King Institute of Preventive Medicine Micro-Biological Section reports 1909-11
Year: 1909
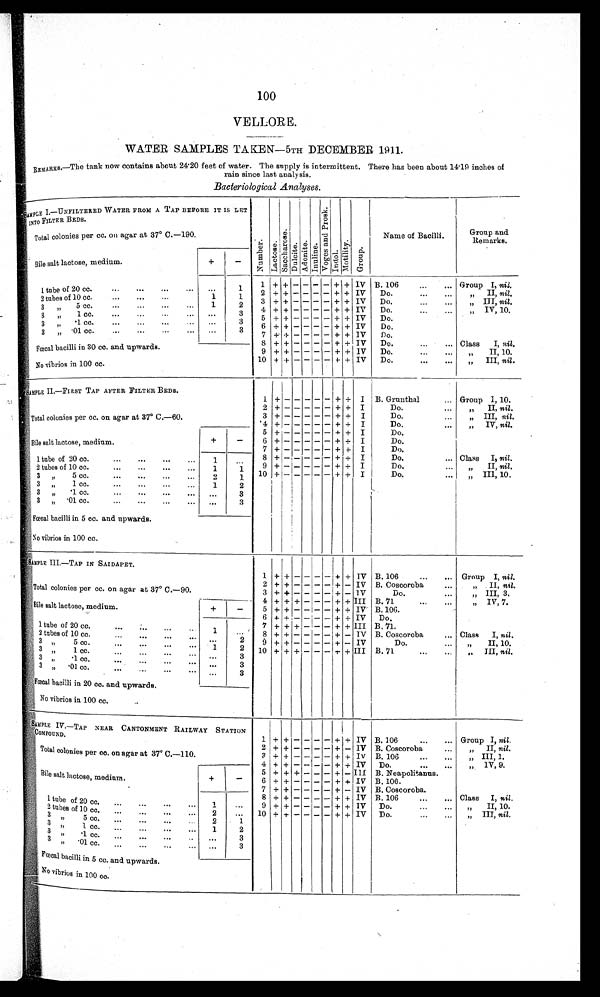
100
VELLORE.
WATER SAMPLES TAKEN—5TH DECEMBER 1911.
REMARKS.—The tank now contains about 24.20 feet of water. The supply is intermittent. There has been about 14.19 inches of
rain since last analysis.
Bacteriological Analyses.
SAMPLE I.-UNFILTERED WATER FROM A TAP BEFORE IT IS LET
INTO FILTER BEDS.
N u m b e r .
L a c t o s e .
Saccharose.
D u l c i t e .
A d o n i t e . I n u l i n e .
V o g e s a n d P r o s k .
I n d o l .
M o t i l i t y .
G r o u p .
Name of Bacilli.
Group and
Remarks.
Total colonies per cc. on agar at 37° C.-190.
Bile salt lactose, medium.
+
-
1 tube of 20 cc. . . .
. . .
1
1 + + -
-
- - + + IV B.106 . . . Group I, nil.
2 + + - - - - + + IV
Do. . . .
" I I ,
n i l
.
1
1
2 tubes of 10 cc. . . .
3
+ + - - -
+
IV
Do. . . .
" I I I ,
n i l.
3 " 5 c c . . . .
1
2
4 + + - - - - + + IV
Do. . . .
" I V , 1 0 .
3 " 1 cc. . . .
. . .
3
5 + + - - - - + + IV
Do. . . .
3" .1 cc. . . .
. . .
3
6 + + - - - - + + IV
Do. . . .
3 "
• 01 cc. . . .
. . .
3
7 + +
- - - - + + IV
Do. . . .
Fœcal bacilli in 30 cc. and upwards.
+ + - - - - + + IV
Do. . . .
Class I, nil.
9 + + - - - - + + IV
Do. . . .
" I I , 1 0 .
No vibrios in 100 cc.
10 + + - - - - + + IV
Do. . . .
" I I I ,
n i l
.
SAMPLE II.—FIRST TAP AFTER FILTER BEDS.
1. + -
- - - -
+ + I B. Grunthal . . . Group I, 10.
Total colonies per cc. on agar at 37° C.—60.
2 + -
- - - - + + I
Do. . . .
" I I ,
n i l
.
3 + -
- - - - + + I
Do. . . .
" III, nil.
' 4 + -
- - - - + + I
Do. . . .
" I V ,n
i l
.
Bile salt lactose, medium.
+
- 5 + -
- - - - + + I
Do. . . .
6 + -
- - - - + + I
Do. . . .
7 + -
- - - - + + I
Do. . . .
1 tube of 20 cc. . . .
1
. . . 8 +
- - - - + + I
Do. . . .
Class I, nil.
9 + -
- - - - + + I
Do. . . .
" I I ,
n i l
.
2 tubes of 10 cc. . . .
1
1
10 + -
- - - - + + I
Do. . . .
" I I I , 1 0 .
3 " 5 cc. . . .
2
1
3 " 1 cc. . . .
1
2
3 " .1 cc. . . .
. . .
3
3 " .01 cc. . . .
. . .
3
Fœcal bacilli in 5 cc. and upwards.
No vibrios in 100 cc.
SAMPLE I1I.—TAP IN SAIDAPET.
1 + + - - - - + + IV B. 106 . . .
Group I, nil.
Total colonies per cc. on agar at 37° C.—90.
2 + + - - - - + - IV B. Coscoroba . . .
" II,n i l
.
3 + + - - - - - + - IV
Do. . . .
" I I I , 3 .
Bile salt lactose, medium.
+
-
4 + + + - - - + + III B. 71 . . .
" IV, 7.
5 + + - - - - + + IV B. 106. . . .
6 + + - - - - + + IV
D o . . . .
1 tube of 20 cc. . . .
1
. . .
7 + + + - - - + + III B. 71. . .
8 + + - - - - + - IV B. Coscoroba . . .
Class I, nil.
2 tubes of 10 cc. . . .
. . .
2
9 + + - - - - + - IV
Do. . . .
" I I , 1 0 .
3 " 5 . c c . . . .
1
2
10 + + + - - - + + III B. 71 . . .
" III, nil.
3 " 1 c c . . . .
. . .
3
3 " .1 cc. . . .
. . .
3
3 " .01 cc. . . .
. . .
3
Fœcal bacilli in 20 cc. and upwards.
No vibrios in 100 cc.
SAMPLE IV.—TAP NEAR CANTONMENT RAILWAY STATION
COMPOUND.
1
+ +
-
-
-
-
+
+
I V B. 106 . . .
Group I, nil.
Total colonies per cc. on agar at 37° C.—110.
2 + + - - - - + - IV B. Coscoroba . . .
" II, nil.
3 + +
- - - - + +
I V B. 106 . . .
" III, 1.
Bile salt lactose, medium.
+
-
4 + +
- -
-
- + + IV
Do. . . .
" IV, 9.
5 + + + - - - +
-
I I I B. Neapolitanus. . . .
6 + + - - - - + + IV B. 106 . . .
1 tube of 20 cc. . . .
1
. . .
7 + + - - - - + - IV B. Coscoroba . . .
8 + + - - - - + + IV B. 106 . . .
Class I, nil .
9 + +
- - -
- + + IV
Do. . . .
" I I , 1 0 .
2 tubes of 10 cc. . . .
2
. . .
10 + +
- -
- + + IV
Do. . . .
" I I I ,
n i l
.
3 " 5 c c . . . .
2
1
3 " 1 c c . . . .
1
2
3 " . 1 c c . . . .
3
. . .
3 " .01 cc. . . .
. . .
3
Fœcal bacilli in 5 cc. and upwards.
No vibrios in 100 cc.